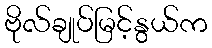
ဗိုလ်ချုပ်မြင့်နွယ်က